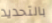
بالتحديد